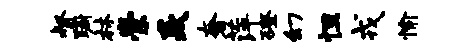
督蹰林崇焱奢萍磴幻怛戎愉